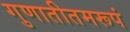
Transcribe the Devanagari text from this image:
गुणातीतमरूपं